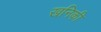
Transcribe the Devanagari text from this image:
खनिकी